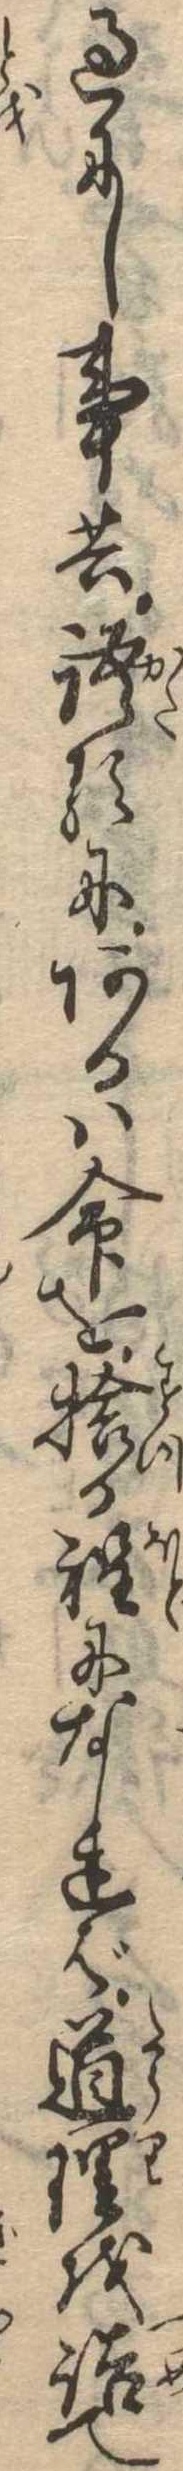
過にし事共語るにあるは命を捨る程になれば道理を詰て